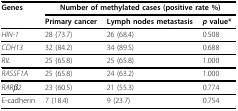
| Genes | <COLSPAN=3> Number of methylated cases (positive rate %) |
 |  | Primary cancer | Lymph nodes metastasis | p value* |
 | --- | --- | --- | --- |
 | HIN-1 | 28 (73.7) | 26 (68.4) | 0.508 |
 | CDH13 | 32 (84.2) | 34 (89.5) | 0.688 |
 | RIL | 25 (65.8) | 25 (65.8) | 1.000 |
 | RASSF1A | 25 (65.8) | 24 (63.2) | 1.000 |
 | RARβ2 | 23 (60.5) | 21 (55.3) | 0.774 |
 | E-cadherin | 7 (18.4) | 9 (23.7) | 0.754 |